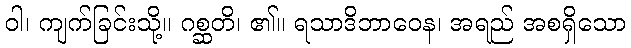
ဝါ၊ ကျက်ခြင်းသို့။ ဂစ္ဆတိ၊ ၏။ ရသာဒိဘာဝေန၊ အရည် အစရှိသော